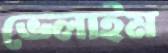
ভেলাইম